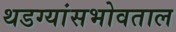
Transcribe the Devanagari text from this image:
थडग्यांसभोवताल